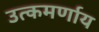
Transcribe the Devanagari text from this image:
उत्कमर्णाय